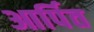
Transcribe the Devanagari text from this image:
आर्पित